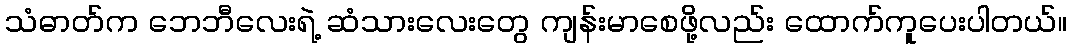
သံဓာတ်က ဘေဘီလေးရဲ့ ဆံသားလေးတွေ ကျန်းမာစေဖို့လည်း ထောက်ကူပေးပါတယ်။